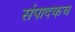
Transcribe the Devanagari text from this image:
संपादकच